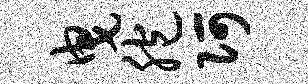
曳胞阿